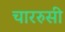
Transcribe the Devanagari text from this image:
चाररुसी